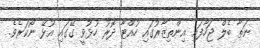
ނަތާ ބެލް ޖަހާފައި އިންތިޒާރުގައި ހުއްޓާ ދޮރު ހުޅުވީ ގޭގައި އުޅޭ ނޯކަރެވެ.